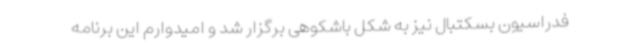
فدراسیون بسکتبال نیز به شکل باشکوهی برگزار شد و امیدوارم این برنامه